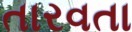
તારવતા